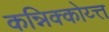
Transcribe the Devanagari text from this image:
कन्निक्कोय्त्त